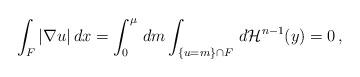
LaTeX: \begin{align*} \int _{F} |\nabla u| \, dx = \int _0 ^ {\mu} \, dm \int _{\{ u = m \} \cap F } \, d \mathcal H ^ {n-1} (y) = 0\,,\end{align*}